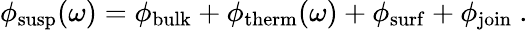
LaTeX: \phi_{\mathrm{susp}}(\omega)=\phi_{\mathrm{bulk}}+\phi_{\mathrm{therm}}(\omega)+\phi_{\mathrm{surf}}+\phi_{\mathrm{join}}~.